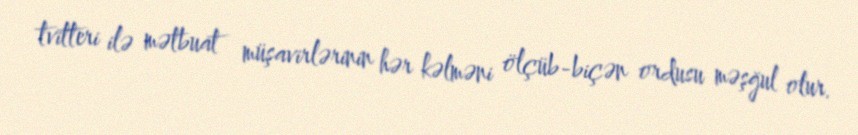
tvitteri ilə mətbuat müşavirlərinin hər kəlməni ölçüb-biçən ordusu məşğul olur.